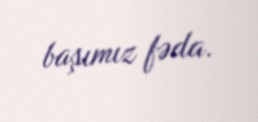
başımız fəda.